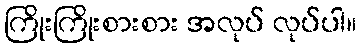
ကြိုးကြိုးစားစား အလုပ် လုပ်ပါ။